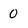
Character: 0